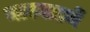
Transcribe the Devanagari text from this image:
मारवाडमें